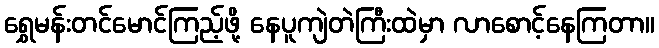
ရွှေမန်းတင်မောင်ကြည့်ဖို့ နေပူကျဲတဲကြီးထဲမှာ လာစောင့်နေကြတာ။